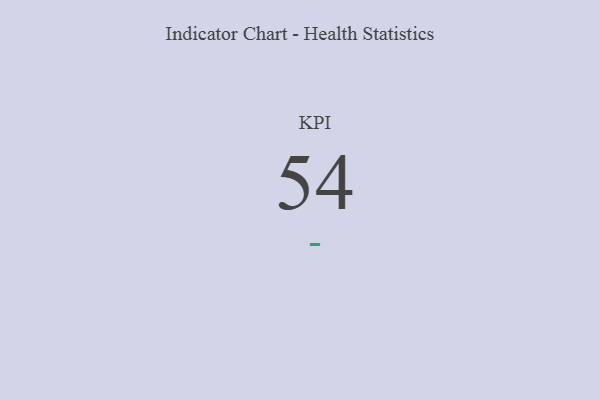
{"axis": {"x": "KPI", "y": "Value"}, "legend": [""], "data": [{"x": "KPI", "y": 54, "type": ""}]}